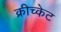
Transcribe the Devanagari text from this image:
क्रीच्केट